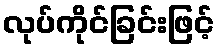
လုပ်ကိုင်ခြင်းဖြင့်